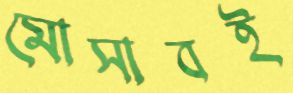
মোসাবই